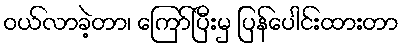
ဝယ်လာခဲ့တာ၊ ကြော်ပြီးမှ ပြန်ပေါင်းထားတာ